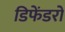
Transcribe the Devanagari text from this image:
डिफेंडरों